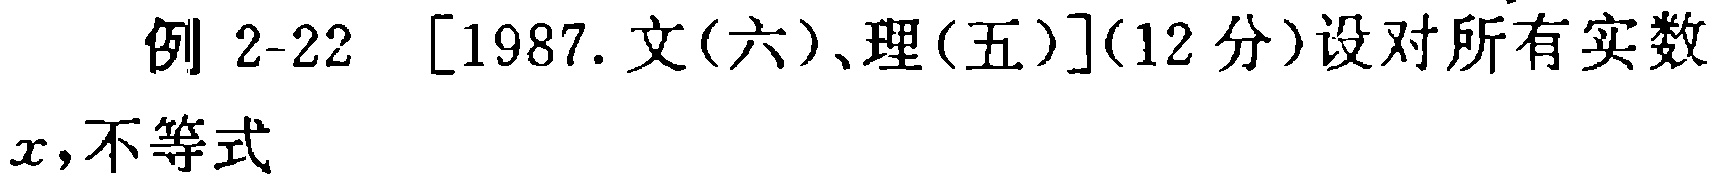
例 2-22 [1987.文(六)、理(五)](12 分)设对所有实数
$x$,不等式